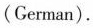
(Cerman).